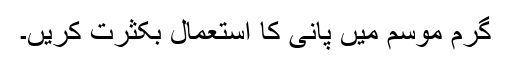
گرم موسم میں پانی کا استعمال بکثرت کریں۔